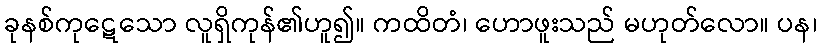
ခုနစ်ကုဋေသော လူရှိကုန်၏ဟူ၍။ ကထိတံ၊ ဟောဖူးသည် မဟုတ်လော။ ပန၊